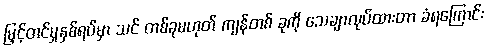
မြှင့်တင်မှုနှစ်ရပ်မှာ သင် တစ်ခုမဟုတ် ကျန်တစ် ခုကို သေချာလုပ်ထားတာ ခံရကြောင်း